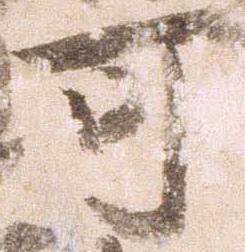
可